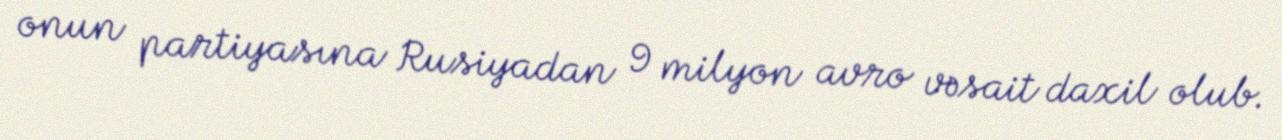
onun partiyasına Rusiyadan 9 milyon avro vəsait daxil olub.